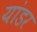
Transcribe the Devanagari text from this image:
यांडर